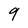
Character: 9